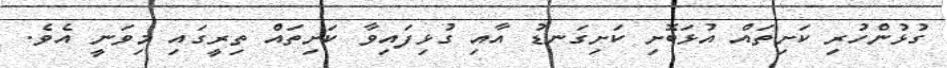
ގުޅުންހުރި ކަށިތައް އުޅަބޮށި ކަށިގަނޑު އާއި ގުޅިފައިވާ ކަށިތައް ތިރީގައި މިވަނީ އެވެ.